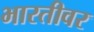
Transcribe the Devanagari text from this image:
भारतीवर